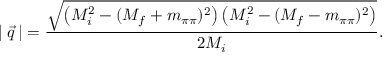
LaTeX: | \: \vec { q } \: | = \frac { \sqrt { \left( M _ { i } ^ { 2 } - ( M _ { f } + m _ { \pi \pi } ) ^ { 2 } \right) \left( M _ { i } ^ { 2 } - ( M _ { f } - m _ { \pi \pi } ) ^ { 2 } \right) } } { 2 M _ { i } } .